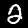
Digit: 2